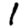
Digit: 1